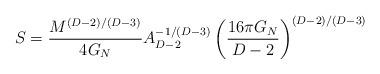
LaTeX: \begin{align*}S={M^{(D-2)/(D-3)} \over {4G_N}} A_{D-2}^{-1/(D-3)} \left(16\pi G_N \over {D-2}\right)^{(D-2)/(D-3)}\end{align*}